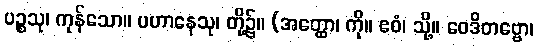
ပဉ္စသု၊ ကုန်သော။ ပဟာနေသု၊ တို့၌။ (အတ္ထော၊ ကို။ ဧဝံ၊ သို့။ ဝေဒိတဗ္ဗော၊